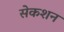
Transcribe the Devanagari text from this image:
सेकशन